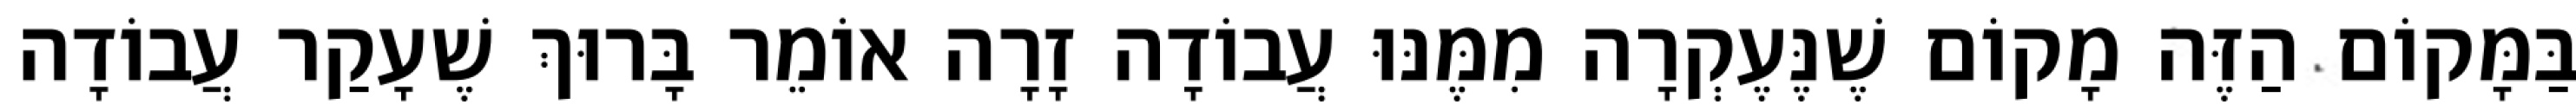
בַּמָּקוֹם הַזֶּה מָקוֹם שֶׁנֶּעֶקְרָה מִמֶּנּוּ עֲבוֹדָה זָרָה אוֹמֵר בָּרוּךְ שֶׁעָקַר עֲבוֹדָה